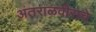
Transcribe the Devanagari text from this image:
अंतराळवीराचे